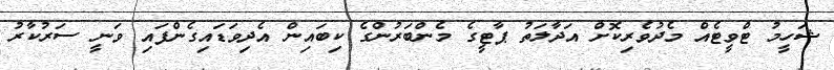
ޝަހީމު ޓްވީޓެއް މެދުވެރިކޮށް އަދާލަތު ޕާޓީގެ މެންބަރުންގެ ކިބައިން އެދިވަޑައިގެންފައި ވަނީ ސަރުކާރު